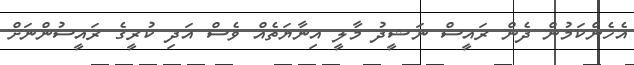
އެހެންކަމުން ދެން ރައީސް ނަޝީދު މާލީ އިނާޔަތެއް ވެސް އަދި ކުރީގެ ރައީސުންނަށް